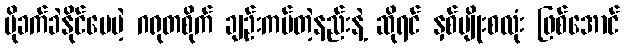
ပိုခက်ခဲနိုင်ပေမဲ့ ဂရုတစိုက် ချဉ်းကပ်တဲ့နည်းနဲ့ ဆိုရင် နှစ်မျိုးစလုံး ဖြစ်အောင်